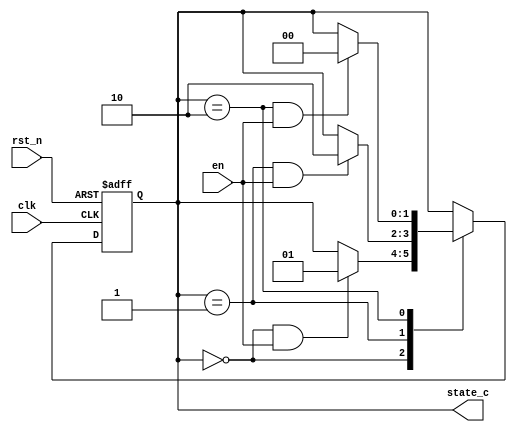
module statebase(
    clk    ,
    rst_n  ,
    en     ,
    
    state_c
    );

    parameter      IDLE =         2'b00;
    parameter      S1   =         2'b01;
    parameter      S2   =         2'b10;

    input               clk    ;
    input               rst_n  ;
    input               en     ;

    output[1:0]       state_c  ;

    reg   [1:0]       state_c  ;
    reg   [1:0]       state_n  ;
    
    wire              idl2s1_start;
    wire              s12s2_start;
    wire              s22idl_start;

//

//always(
always@(posedge clk or negedge rst_n)begin
    if(!rst_n)begin
        state_c <= IDLE;
    end
    else begin
        state_c <= state_n;
    end
end

//always
always@(*)begin
    case(state_c)
        IDLE:begin
            if(idl2s1_start)begin
                state_n = S1;
            end
            else begin
                state_n = state_c;
            end
        end
        S1:begin
            if(s12s2_start)begin
                state_n = S2;
            end         
            else begin
                state_n = state_c;
            end
        end
        S2:begin
            if(s22idl_start)begin
                state_n = IDLE;
            end
            else begin
                state_n = state_c;
            end
        end
        default:begin
            state_n = state_c;
        end
    endcase
end
//
assign idl2s1_start  = state_c==IDLE && en == 1;
assign s12s2_start   = state_c==S1   && en == 1;
assign s22idl_start  = state_c==S2   && en == 1;

    endmodule